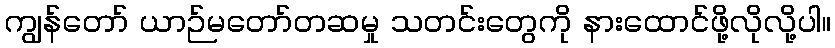
ကျွန်တော် ယာဉ်မတော်တဆမှု သတင်းတွေကို နားထောင်ဖို့လိုလို့ပါ။